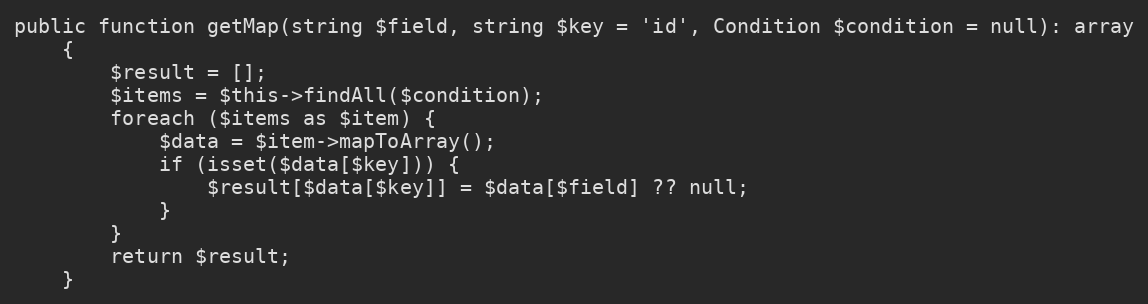
Language: PHP
public function getMap(string $field, string $key = 'id', Condition $condition = null): array
    {
        $result = [];
        $items = $this->findAll($condition);
        foreach ($items as $item) {
            $data = $item->mapToArray();
            if (isset($data[$key])) {
                $result[$data[$key]] = $data[$field] ?? null;
            }
        }
        return $result;
    }